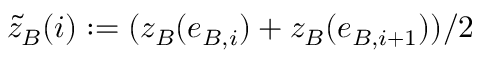
\tilde { z } _ { B } ( i ) : = ( z _ { B } ( e _ { B , i } ) + z _ { B } ( e _ { B , i + 1 } ) ) / 2